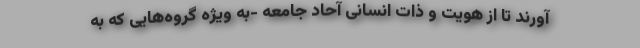
آورند تا از هویت و ذات انسانی آحاد جامعه -به ویژه گروه‌هایی که به